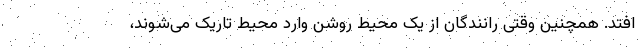
‌افتد. همچنین وقتی رانندگان از یک محیط روشن وارد محیط تاریک می‌شوند،